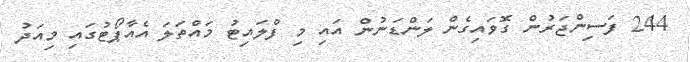
244 ފަސިންޖަރުން ގޮވައިގެން ލަންޑަނުން އައި މި ފްލައިޓު މައްތަލަ އެއާޕޯޓުގައި މިއަދު